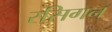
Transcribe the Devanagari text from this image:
रसिगन